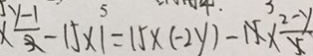
\times \frac { y - 1 } { 3 } - 1 5 \times 1 = 1 5 \times ( - 2 y ) - 1 5 \times \frac { 2 - y } { 5 }